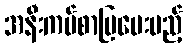
အနီးကပ်စာပြပေးမည့်